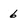
Character: 6